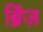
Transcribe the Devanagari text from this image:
ब्रिंज़